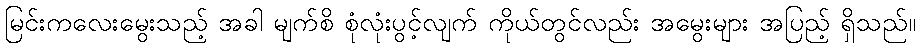
မြင်းကလေးမွေးသည့် အခါ မျက်စိ စုံလုံးပွင့်လျက် ကိုယ်တွင်လည်း အမွေးများ အပြည့် ရှိသည်။